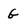
Character: G